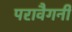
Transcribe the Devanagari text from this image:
परावैगनी